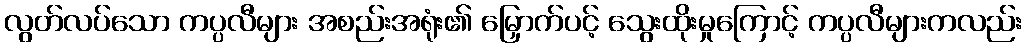
လွတ်လပ်သော ကပ္ပလီများ အစည်းအရုံး၏ မြှောက်ပင့် သွေးထိုးမှုကြောင့် ကပ္ပလီများကလည်း